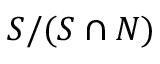
S / ( S \cap N )